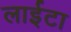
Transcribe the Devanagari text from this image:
लाईटा